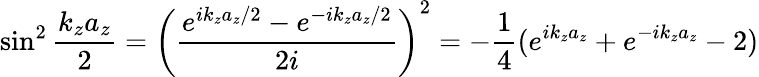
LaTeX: \sin^{2}\frac{k_{z}a_{z}}{2}=\left(\frac{e^{ik_{z}a_{z}/2}-e^{-ik_{z}a_{z}/2}}{2i}\right)^{2}=-\frac{1}{4}(e^{ik_{z}a_{z}}+e^{-ik_{z}a_{z}}-2)